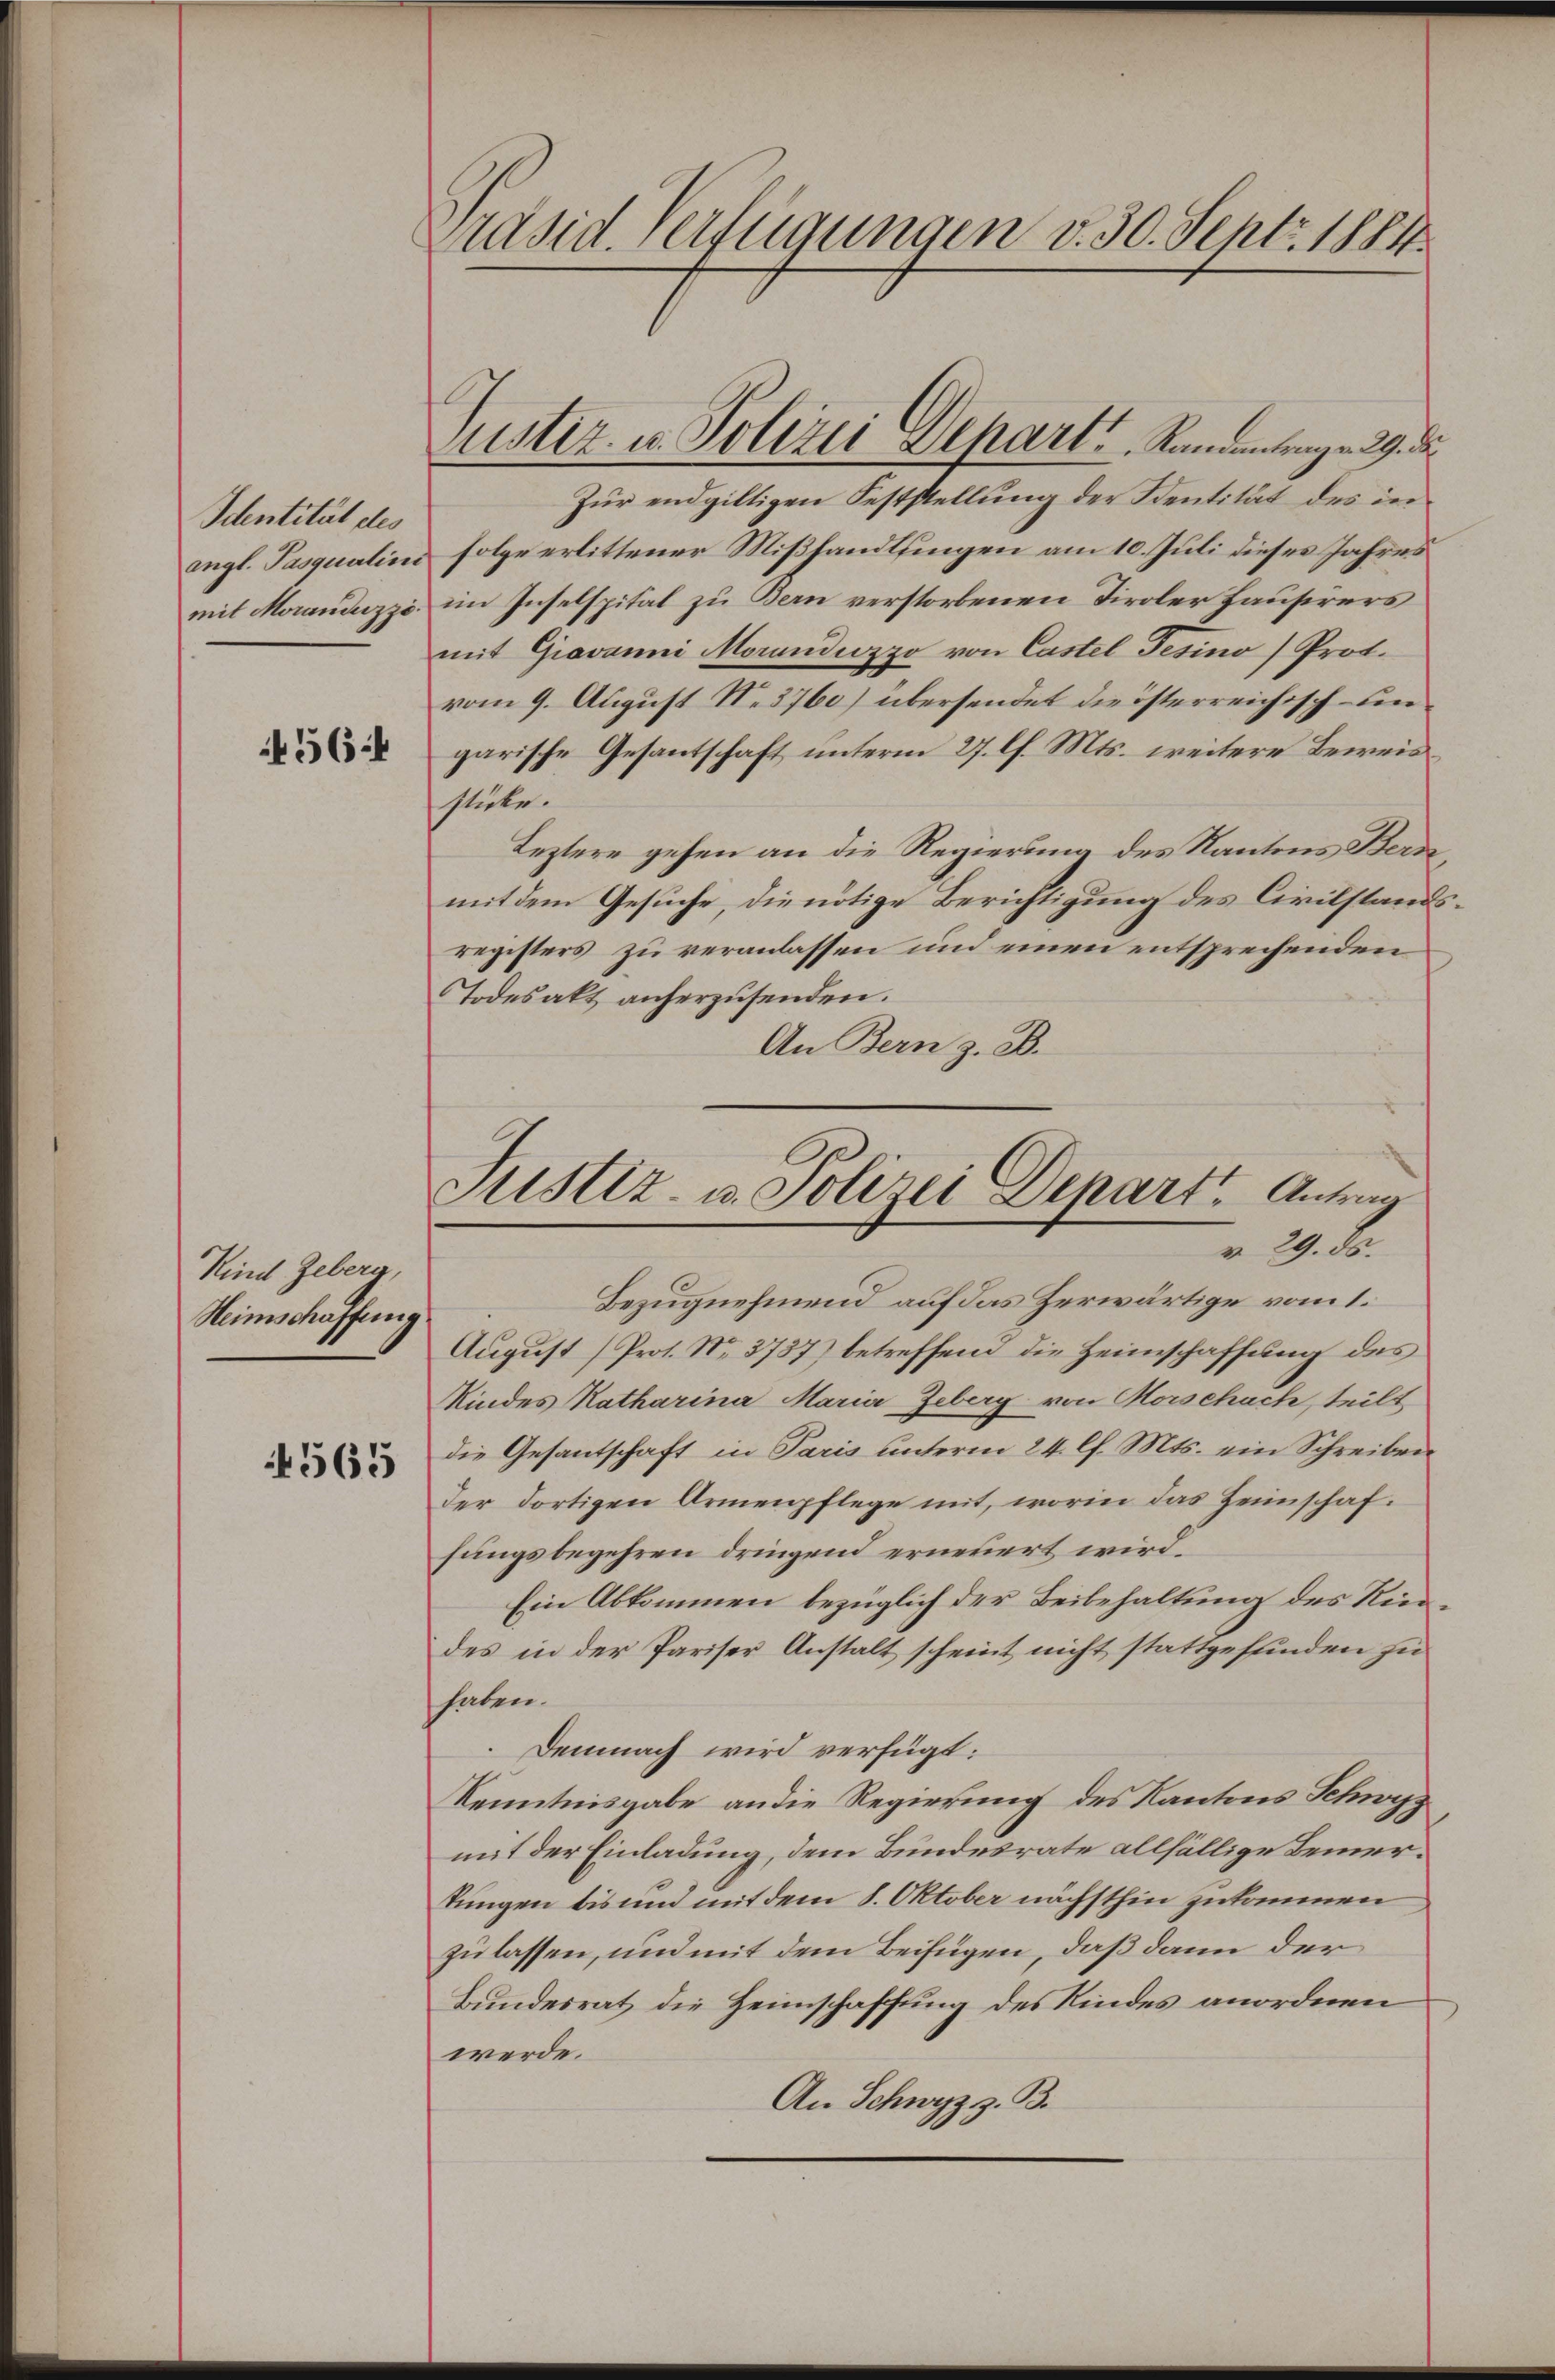
Identität des
angl. Pasqualini
mit Moranderzzi¬

456

Kind Geberg,
Heimschaffung
4565

präsid. Verfügungen v. 30. Sept. 1884.

Justiz- u. Polizei Depart. Randantrag v. 29. d.

Zur endgiltigen Feststellung der Sentität des in
folge erlittener Mißhandlsingen am 10. Juli dieses Jahres
im Inselspital zu Bern verstorbenen Tiroler Hausirers
mit Giovanni Morandiozzo von Castel Gesino Prot.
vom 9. August No. 3760) übersendet die österreichisch- un
garische Gesantschaft unterm 27. l. Mts. weitere Beweisstücke.
Leztere gehen an die Regierung des Kantons Bern
mit dem Gesuche, die nötige Berichtigung des Civilstandsregisters zu veranlassen und einen entsprechenden
Todesakt anherzusenden.
An Bern z. B.

August (Prot. No. 3737) betreffend die Heimschaffung des
Kindes Katharina Maria Zeberg von Horschach, teilt
die Gesantschaft in Paris unterm 24. Ch. Mts. ein Schreiben
der dortigen Armenpflege mit, worin das Heimschafhungsbegehren dringend erneuert wird.
Ein Abkommen bezüglich der Beibehaltung des Rieddes in der Pariser Anstalt scheint nicht stattgefunden zu
haben.
Demnach wird verfügt:
Kenntnisgabe an die Regierung des Kantons Schwyz
mit der Einladung, dem Bundesrate allfällige Bemertungen bis und mit dem 8. Oktober nächsthin zukommen
zulassen, und mit dem Beifügen, daß dann der
Bundesrat die Heimschaffung des Kindes anordnen
¬
werde.
An Schwyz z. B.

Justiz- u. Polizei Depart Antrag
r. 29. ds.
Bezugnehmend auf das Zerwärtige vom 1.